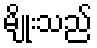
မျိုးသည်